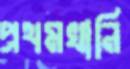
প্রথমখানি